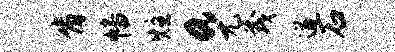
肯幡炷a尤茂遒石